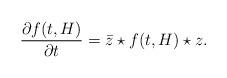
LaTeX: \begin{align*}\frac{\partial f(t,H)}{\partial t}={\bar z} \star f(t,H) \star z.\end{align*}